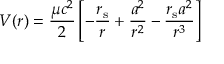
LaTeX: V ( r ) = { \frac { \mu c ^ { 2 } } { 2 } } \left[ - { \frac { r _ { \mathrm { { s } } } } { r } } + { \frac { a ^ { 2 } } { r ^ { 2 } } } - { \frac { r _ { \mathrm { { s } } } a ^ { 2 } } { r ^ { 3 } } } \right]